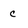
Character: C